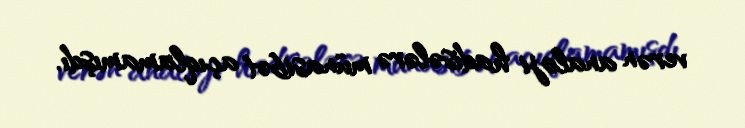
verən analoji hadisələrə münasibət açıqlamamışdı.